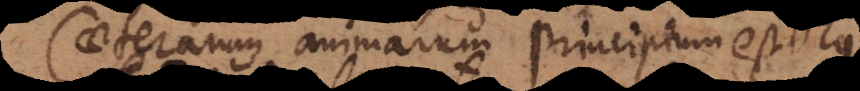
Caeterarum animarum princeps non est: